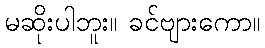
မဆိုးပါဘူး။ ခင်ဗျားကော။